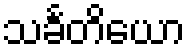
သင်္ခတိယော